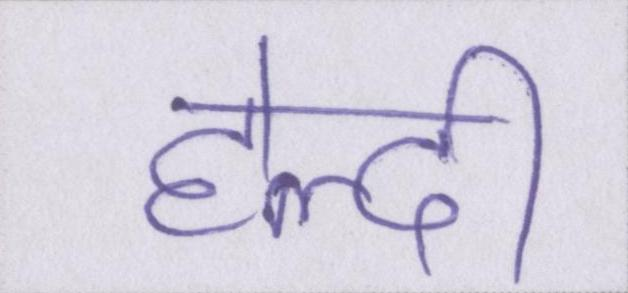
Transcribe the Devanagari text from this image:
हेल्दी